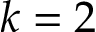
k = 2